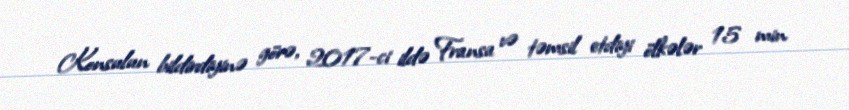
Konsulun bildirdiyinə görə, 2017-ci ildə Fransa və təmsil etdiyi ölkələr 15 min